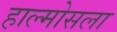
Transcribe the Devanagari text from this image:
हाल्मोसला